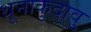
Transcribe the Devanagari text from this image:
थूनाकुदावु